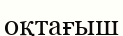
оқтағыш